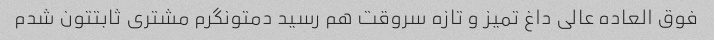
فوق العاده عالی داغ تمیز و تازه سروقت هم رسید دمتونگرم مشتری ثابتتون شدم